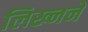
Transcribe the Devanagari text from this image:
लिख्नने